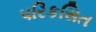
પરિકસિત